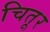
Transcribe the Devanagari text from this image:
चितूर